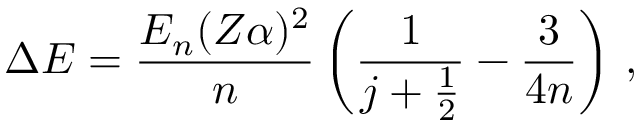
\Delta E = { \frac { E _ { n } ( Z \alpha ) ^ { 2 } } { n } } \left( { \frac { 1 } { j + { \frac { 1 } { 2 } } } } - { \frac { 3 } { 4 n } } \right) \, ,